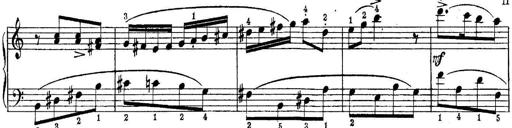
Title: Piano Sonatina No.1 in C major
Composer: Tadeusz Joteyko
Key: C major